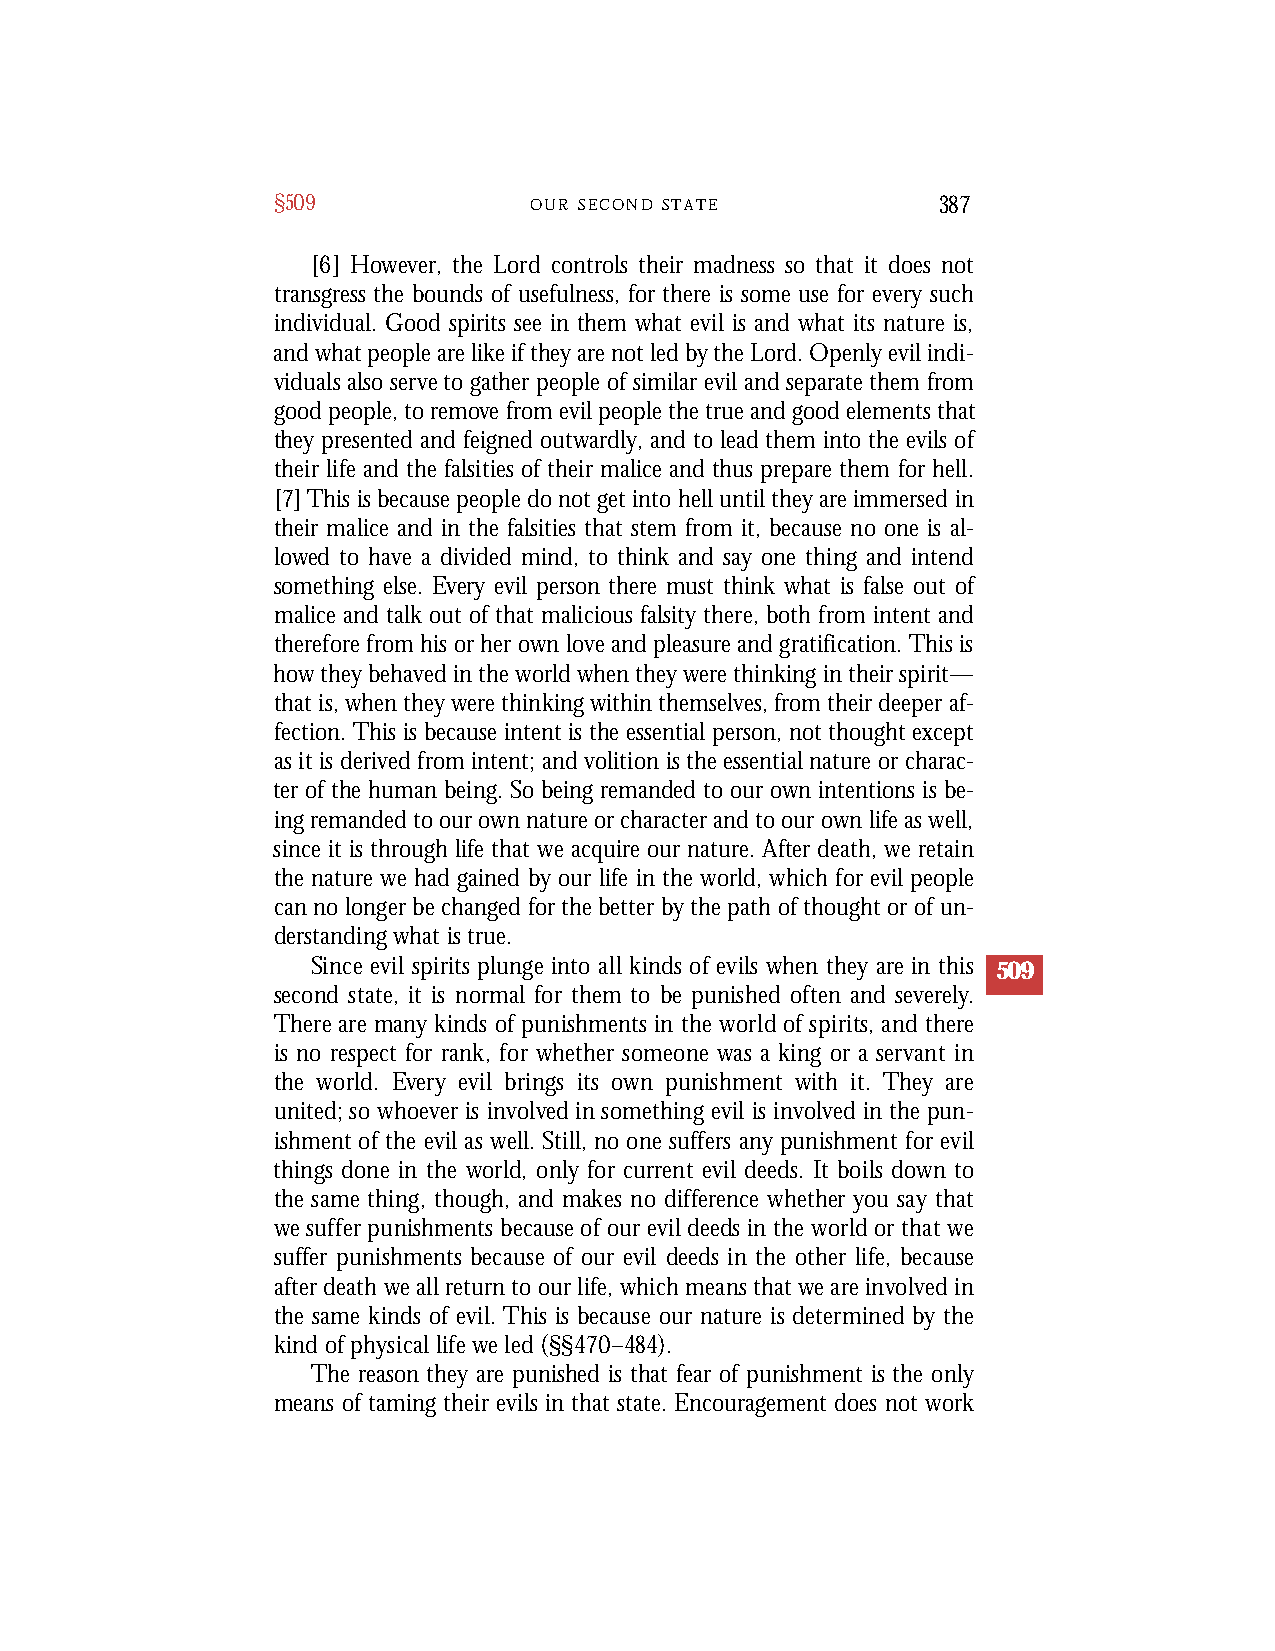
§509             O U R S E C O N D S T A T E 387
 [6] However, the Lord controls their madness so that it does not
 transgress the bounds of usefulness, for there is some use for every such
 individual. Good spirits see in them what evil is and what its nature is,
 and what people are like if they are not led by the Lord. Openly evil indi-
 viduals also serve to gather people of similar evil and separate them from
 good people, to remove from evil people the true and good elements that
 they presented and feigned outwardly, and to lead them into the evils of
 their life and the falsities of their malice and thus prepare them for hell.
 [7]This is because people do not get into hell until they are immersed in
 their malice and in the falsities that stem from it, because no one is al-
 lowed to have a divided mind, to think and say one thing and intend
 something else. Every evil person there must think what is false out of
 malice and talk out of that malicious falsity there, both from intent and
 therefore from his or her own love and pleasure and gratification. This is
 how they behaved in the world when they were thinking in their spirit—
 that is, when they were thinking within themselves, from their deeper af-
 fection. This is because intent is the essential person, not thought except
 as it is derived from intent; and volition is the essential nature or charac-
 ter of the human being. So being remanded to our own intentions is be-
 ing remanded to our own nature or character and to our own life as well,
 since it is through life that we acquire our nature. After death, we retain
 the nature we had gained by our life in the world, which for evil people
 can no longer be changed for the better by the path of thought or of un-
 derstanding what is true.
 Since evil spirits plunge into all kinds of evils when they are in this 509
 second state, it is normal for them to be punished often and sever el y .
 T h e re are many kinds of punishments in the world of spirits, and there
 is no respect for rank, for whether someone was a king or a servant in
 the world. Eve ry evil brings its own punishment with it. They are
 united; so whoever is invo l ved in something evil is invo l ved in the pun-
 ishment of the evil as well. Still, no one suffers any punishment for evil
 things done in the world, only for current evil deeds. It boils down to
 the same thing, though, and makes no difference whether you say that
 we suffer punishments because of our evil deeds in the world or that we
 suffer punishments because of our evil deeds in the other life, because
 after death we all return to our life, which means that we are invo l ved in
 the same kinds of evil. This is because our nature is determined by the
 kind of physical life we led (§§4 7 0–4 8 4) .
 The reason they are punished is that fear of punishment is the only
 means of taming their evils in that state. Encouragement does not work